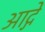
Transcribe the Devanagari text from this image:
आद्गे